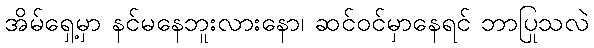
အိမ်ရှေ့မှာ နင်မနေဘူးလားနော၊ ဆင်ဝင်မှာနေရင် ဘာပြုသလဲ